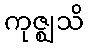
ကုဇ္ဈသိ